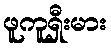
ဖူကူရှီးမား